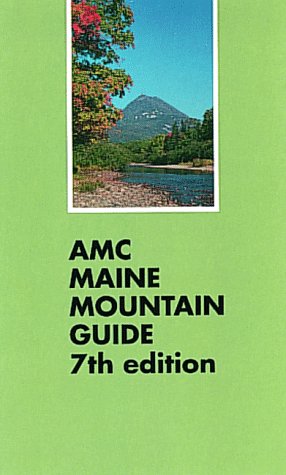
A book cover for Amc Maine Mountain Guide, 7th Edition; Travel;